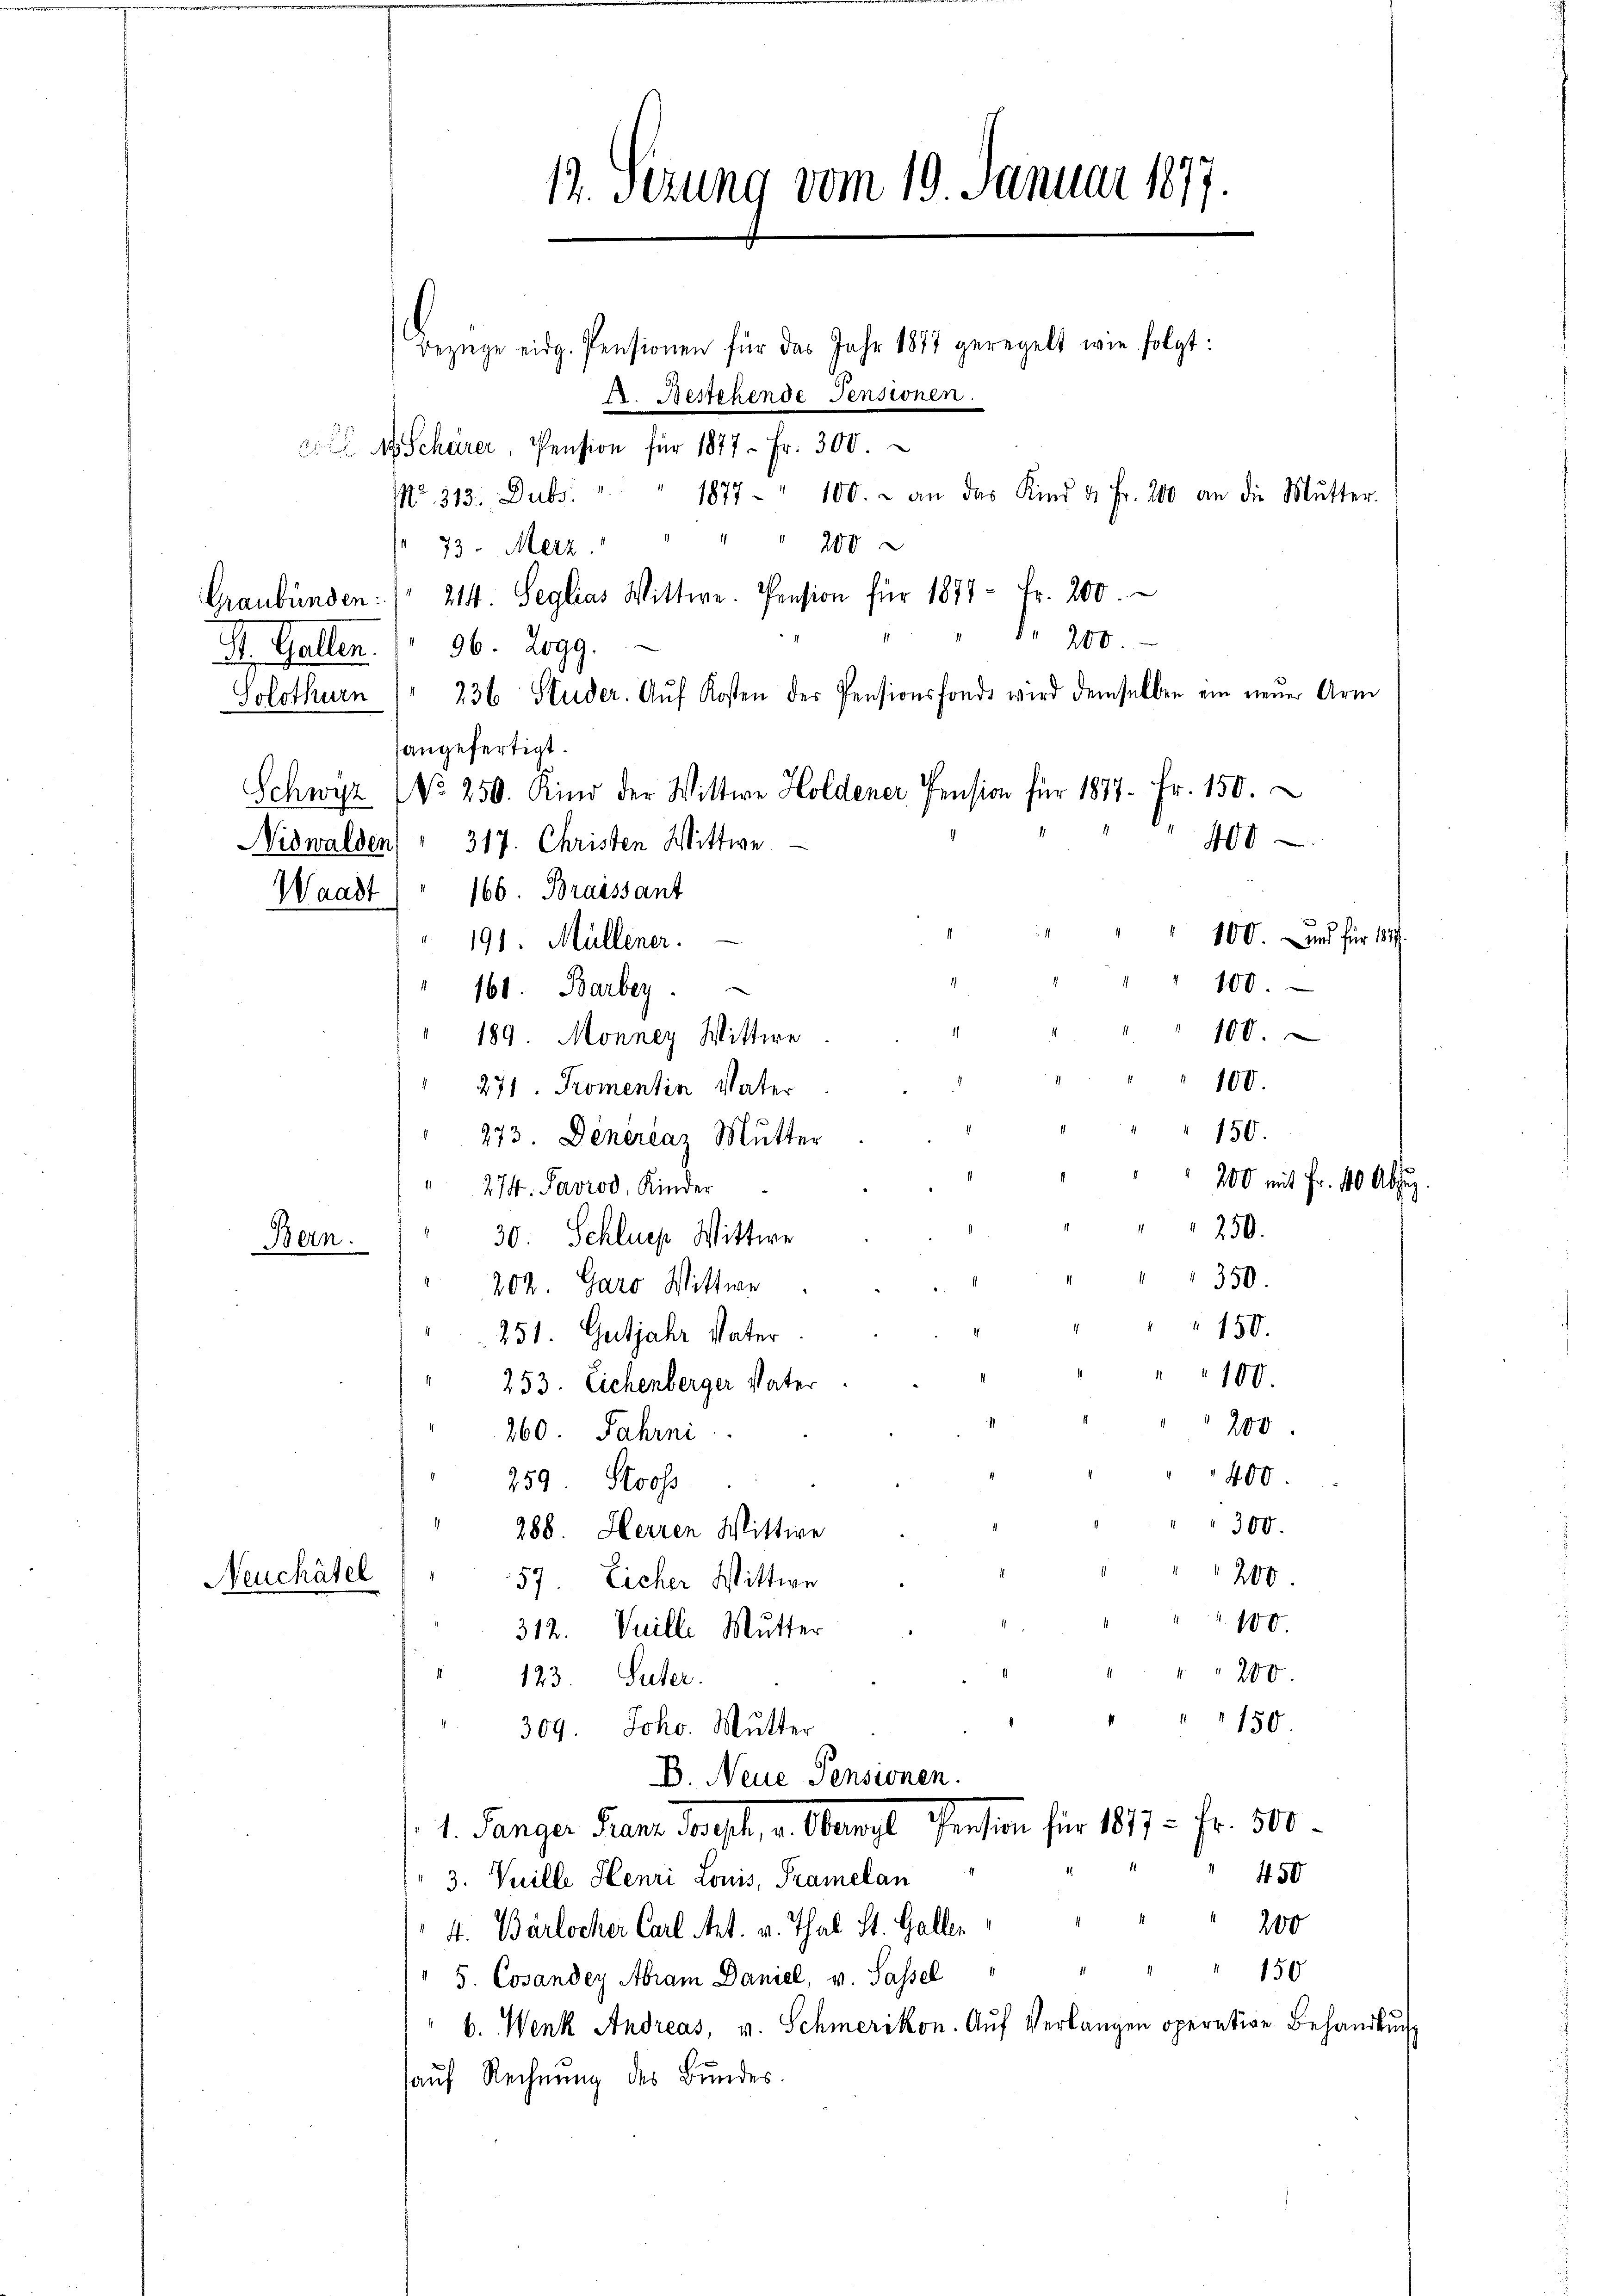
Bezüge eidg. Pensionen für das Jahr 1877 geregelt wie folgt:
Fr. Bestehende Pensionen.
 1 Schärer, Pension für 1877 - Fr. 300.
1877 - " 100. u an das Kind 4 Fr. 200 an die Mutter.
No. 313. Dubs
73. Merz " " " " 200
Graubünden: " 214. Seglias Wittwe. Pension für 1877 - Fr. 200.
200.
St. Gallen. ( 96. Logg.
Solothurn " 236 Studer. Aŭf Kosten der Pensionsfonds wird demselben ein neuer Arm
angefertigt.
Schwyz NNo. 250. Kind der Wittwe Holdener Pension für 1877 Fr. 150.
400
Nidwalden, " 317. Christen Wittwe
Waadt " " 166. Braissant
100. und für 1817.
191. Müllener.
100.
160. Barbey
100.
189. Monney Wittwe
100.
271. Promentin Vater
150.
" 273. Denereaz Mutter
200 mit Fr. 10 Absig.
" 274. Javrod. Kinder
250.
30. Schlues Wittwe
Bern.
350.
202. Garo Wittwe
150.
251. Gutjahr Vater
100.
253. Eichenberger Vater
200
260. Jahrni
400.
259 Stooss
300.
288. Herren Wittwe
200.
Neuchâtel
57. Eicher Wittwe
100.
312. Vuille Mutter
200.
123. Suter.
150.
309. Joh. Mutter
B. Neue Pensionen.
1. Sänger Franz Jost, v. Wenzl Pension für 1877 - Fr. 500.
450
3. Vuille Henri Louis, Pramelan
200
4. Bärlocker Carl Art. v. Thal St. Galler
150
5. Cosander Abram Daniel, v. Sassel
b. Wenk Andreas, v. Schmerikon. Aŭf Verlangen operative Behandlung
auf Rechnung des Bundes.

12. Sezung vom 19. Januar 1877.